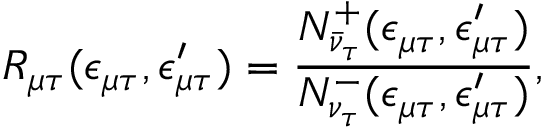
R _ { \mu \tau } ( \epsilon _ { \mu \tau } , \epsilon _ { \mu \tau } ^ { \prime } ) = \frac { N _ { \bar { \nu } _ { \tau } } ^ { + } ( \epsilon _ { \mu \tau } , \epsilon _ { \mu \tau } ^ { \prime } ) } { N _ { \nu _ { \tau } } ^ { - } ( \epsilon _ { \mu \tau } , \epsilon _ { \mu \tau } ^ { \prime } ) } ,